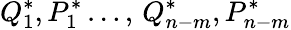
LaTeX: {Q}_{1}^{\ast},{P}_{1}^{\ast}\dots,\, {Q}_{n-m}^{\ast},{P}_{n-m}^{\ast}